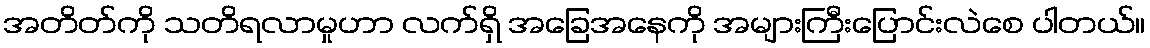
အတိတ်ကို သတိရလာမှုဟာ လက်ရှိ အခြေအနေကို အများကြီးပြောင်းလဲစေ ပါတယ်။